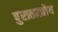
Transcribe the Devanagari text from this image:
पुरातात्वीय